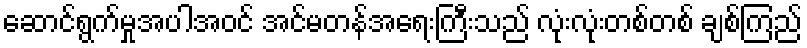
ဆောင်ရွက်မှုအပါအဝင် အင်မတန်အရေးကြီးသည် လုံးလုံးတစ်တစ် ချစ်ကြည်